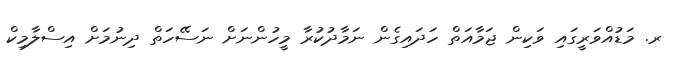
ރ. މަޑުއްވަރީގައި ވަކިން ޖަމާއަތް ހަދައިގެން ނަމާދުކުރާ މީހުންނަށް ނަސޭހަތް ދިނުމަށް އިސްލާމިކް